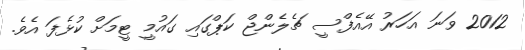
2012 ވަނަ އަހަރު އޭއެފްސީ ޗެލެންޖް ކަޕްގައި ގައުމީ ޓީމަށް ކުޅެފަ އެވެ.